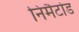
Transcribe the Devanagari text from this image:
निमैटोड